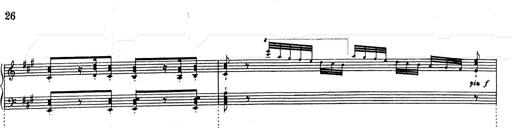
Title: RÃ©miniscences de Don Juan
Composer: Franz Liszt